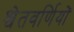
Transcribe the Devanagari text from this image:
श्वेतवर्णियों